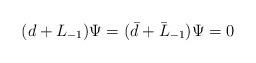
LaTeX: \begin{align*}(d+L_{-1})\Psi=( \bar{d}+\bar{L}_{-1})\Psi=0\end{align*}